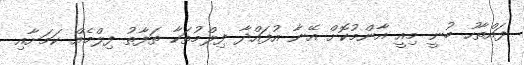
ފައްތާހު ބުނީ މިއީ އާންމުކޮށް އޭނާ އުފައްދާ ފިލްމުތަކާ ތަފާތު ފިލްމެއް ކަމަށާއި